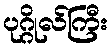
ပုဂ္ဂိုလ်ကြီး